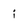
Character: i